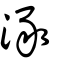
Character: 涿